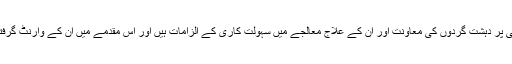
واضح رہے کہ انیس قائم خانی پر دہشت گردوں کی معاونت اور ان کے علاج معالجے میں سہولت کاری کے الزامات ہیں اور اس مقدمے میں ان کے وارنٹ گرفتاری بھی جاری ہوچکے ہیں۔